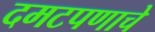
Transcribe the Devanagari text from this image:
दमटपणाचे